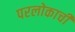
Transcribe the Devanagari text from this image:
परलोकाची